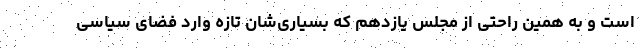
است و به همین راحتی از مجلس یازدهم که بسیاری‌شان تازه وارد فضای سیاسی